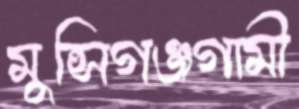
মুন্সিগঞ্জগামী